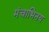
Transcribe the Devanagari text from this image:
मंचाभिनय